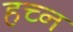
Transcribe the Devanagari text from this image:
हच्न